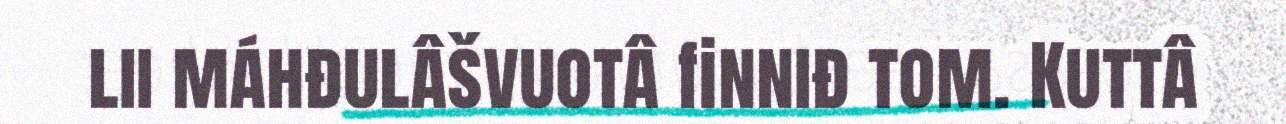
lii máhđulâšvuotâ finniđ tom. Kuttâ